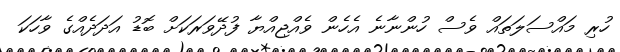
ހުރި މައްސަލަތައް ވެސް ހުންނާނެ އެހެން ވެއްޖިއްޔާ ފުދޭވަރަކަށް ބޮޑު އަދަދެއްގެ ވާހަކަ